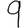
Digit: 9